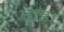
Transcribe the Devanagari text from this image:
छूड़ा